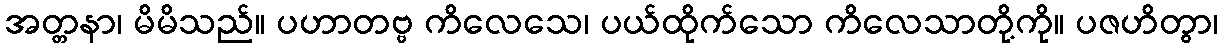
အတ္တနာ၊ မိမိသည်။ ပဟာတဗ္ဗ ကိလေသေ၊ ပယ်ထိုက်သော ကိလေသာတို့ကို။ ပဇဟိတွာ၊